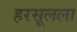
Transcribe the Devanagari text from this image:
हरसूलला